Annual administration report of the Civil Veterinary Department of India - 1897-1898
Year: 1897
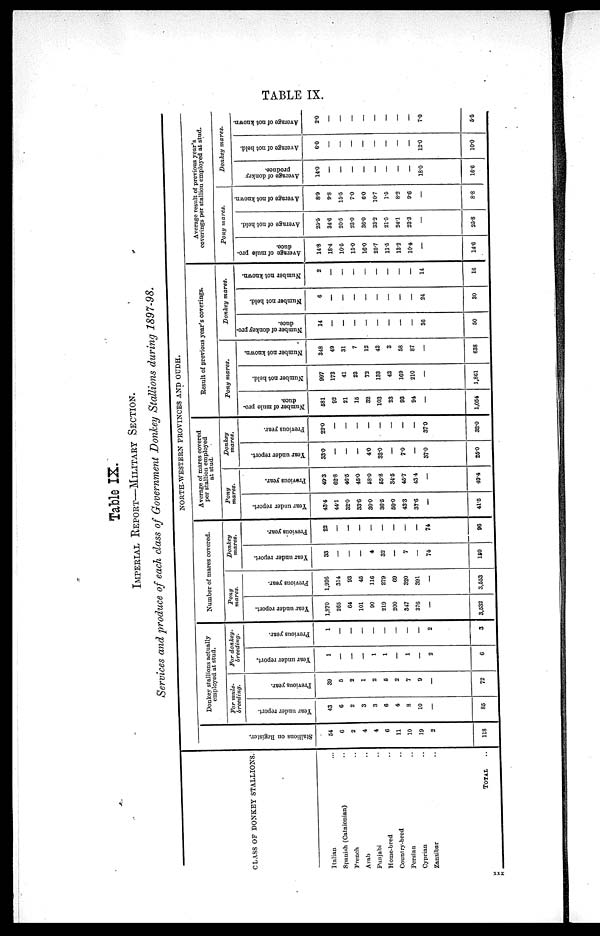
TABLE IX.
Table IX.
IMPERIAL REPORT—MILITARY SECTION.
Services and produce of each class of Government Donkey Stallions during 1897—98.
CLASS OP DONKEY STALLIONS.
Italian ...
Spanish (Catalonian) ..
French ..
Arab ..
Punjabi ..
Home—bred ..
Country—bred ..
Persian ..
Cyprian ..
Zanzibar ..
TOTAL ..
NORTH—WESTERN PROVINCES AND OUDH.
St al l
i
ons on Regi s t
er .
54
6
2
4
4
6
11
10
19
2
118
Donkey stallions actually
employed at stud.
For mule—
breeding.
Year under report.
43
6
2
3
3
6
4
8
10
—
85
Previous year.
39
5
2
1
2
5
2
7
9
—
72
For donkey—
breeding.
Year under report.
1
—
—
—
1
1
—
1
—
2
6
Previous year.
1
—
—
—
—
—
—
—
—
2
3
Number of mares covered.
Pony
mares.
Year under report.
1,870
265
64
101
90
219
200
347
376
—
3,532
Previous year.
1,926
314
93
45
116
279
69
320
391
—
3,553
Donkey
mares.
Year under report.
33
—
—
—
4
32
—
7
—
74
150
Previous year.
22
—
—
—
—
—
—
—
—
74
96
Average of mares covered
per stallion employed
at stud.
Pony
mares.
Year under report.
43.4
44.1
32.0
33.6
30.0
36.5
50.0
43.3
37.6
—
41.5
Previous year.
49.3
62.8
46.5
45.0
68.0
65.8
34.5
45.7
43.4
—
49.4
Donkey
mares.
Year under report.
33.0
—
—
—
4.0
32.0
—
7.0
—
37.0
25.0
Previous year.
22.0
—
—
—
—
—
—
—
—
370
32.0
Result of previous year's coverings.
Pony
mares.
Number of mule pro—
duce.
581
92
21
15
32
103
23
93
94
—
1,054
Number not held.
997
173
41
23
72
133
43
169
210
—
1,861
Number not known.
348
49
31
7
12
43
3
58
87
—
638
Donkey
mares.
Number of donkey pro-
duce.
14
—
—
—
—
—
—
—
—
36
50
Number not held.
6
—
—
—
—
—
—
—
—
24
30
Number not known.
2
—
—
—
—
—
—
—
—
14
16
Average result of previous year's
coverings per stallion employed at stud.
Pony
mares.
Average of mule pro-
duce.
14.8
18.4
10.5
15.0
16.0
25.7
11.5
13.2
10.4
—
14.6
Average of not held.
25.5
34.6
20.5
23.0
36.0
33.2
21.5
24.1
23.3
—
25.8
Average of not known.
8.9
9.8
15.5
7.0
6.0
10.7
1.5
8.2
9.6
—
8.8
Donkey
mares.
Average of donkey
produce.
14.0
—
—
—
—
—
—
—
—
18.0
16.6
Average of not held.
6.0
—
—
—
—
—
—
—
—
12.0
10.0
Average of not known.
2.0
—
—
—
—
—
—
—
—
7.0
5.5
xxx